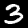
Digit: 3